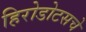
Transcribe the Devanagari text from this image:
हिरोडोटसचे